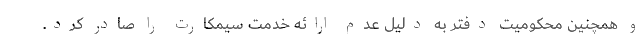
و همچنین محکومیت دفتر به دلیل عدم ارائه خدمت سیمکارت را صادر کرد.